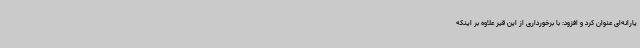
یارانه‌ای عنوان کرد و افزود: با برخورداری از این قیر علاوه بر اینکه